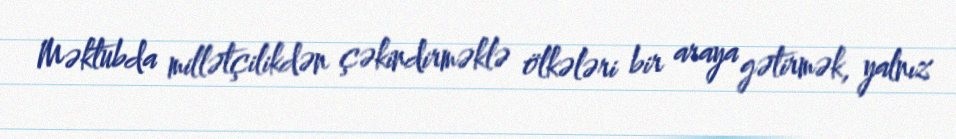
Məktubda millətçilikdən çəkindirməklə ölkələri bir araya gətirmək, yalnız